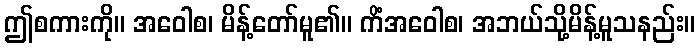
ဤစကားကို။ အဝေါစ၊ မိန့်တော်မူ၏။ ကိံအဝေါစ၊ အဘယ်သို့မိန့်မူသနည်း။